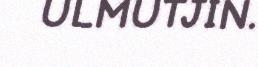
ULMUTJIN.